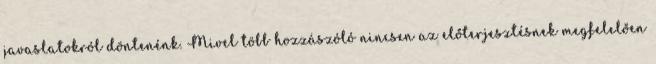
javaslatokról döntenénk. Mivel több hozzászóló nincsen az előterjesztésnek megfelelően